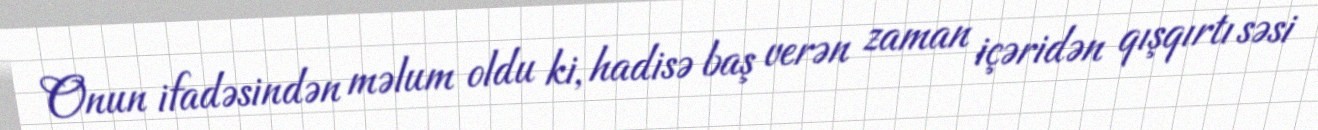
Onun ifadəsindən məlum oldu ki, hadisə baş verən zaman içəridən qışqırtı səsi